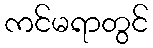
ကင်မရာတွင်